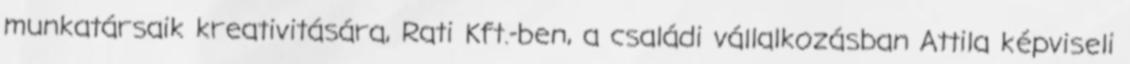
munkatársaik kreativitására, Rati Kft.-ben, a családi vállalkozásban Attila képviseli